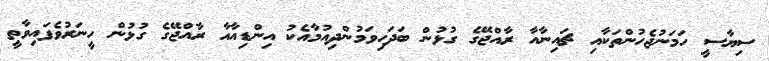
ސިޔާސީ ހަމަނުޖެހުންތަކާއި ޗައިނާއާ ރާއްޖޭގެ ގުޅުން ބަދަހިވަމުންދިއުމާއެކު އިންޑިއާއާ ރާއްޖޭގެ ގުޅުން ހީނަރުވެފައިވާތީ